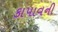
કાપાવની